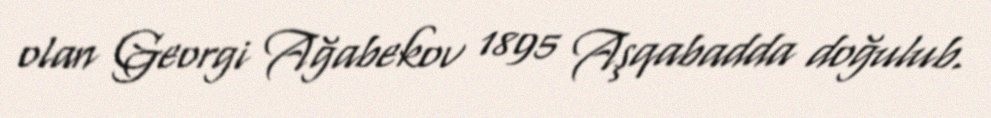
olan Georgi Ağabekov 1895 Aşqabadda doğulub.